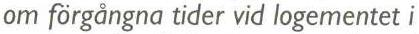
om förgångna tider vid logementet i